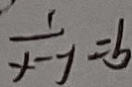
\frac { 1 } { x - 1 } = b